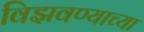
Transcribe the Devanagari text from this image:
विझवण्याच्या